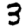
Digit: 3